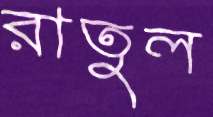
রাতুল